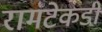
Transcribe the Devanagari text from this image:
रामटेकडी